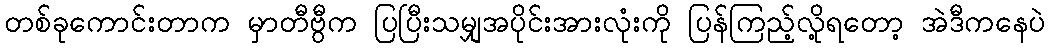
တစ်ခုကောင်းတာက မှာတီဗွီက ပြပြီးသမျှအပိုင်းအားလုံးကို ပြန်ကြည့်လို့ရတော့ အဲဒီကနေပဲ